Indian journal of veterinary science and animal husbandry - Volumes 24-25, 1954-1955
Year: 1954
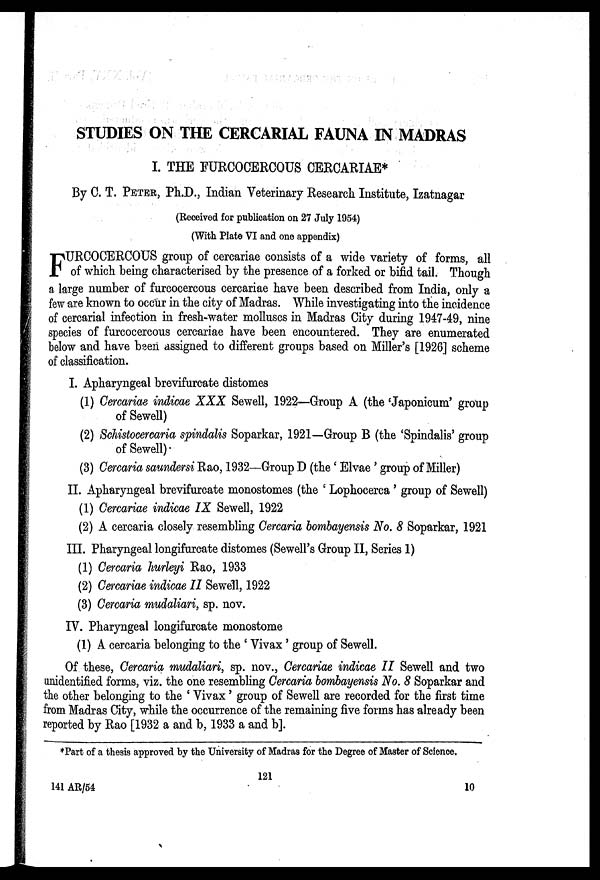
STUDIES ON THE CERCARIAL FAUNA IN MADRAS
I. THE FURCOCERCOUS CERCARIAE*
By C. T. PETER, Ph.D., Indian Veterinary Research Institute, Izatnagar
(Received for publication on 27 July 1954)
(With Plate VI and one appendix)
F URCOCERCOUS group of cercariae consists of a wide variety of forms, all
of which being characterised by the presence of a forked or bifid tail. Though
a large number of furcocercous cercariae have been described from India, only a
few are known to occur in the city of Madras. While investigating into the incidence
of cercarial infection in fresh-water molluscs in Madras City during 1947-49, nine
species of furcocercous cercariae have been encountered. They are enumerated
below and have been assigned to different groups based on Miller's [1926] scheme
of classification.
I. Apharyngeal brevifurcate distomes
(1) Cercariae indicae XXX Sewell, 1922—Group A (the 'Japonicum' group
of Sewell)
(2) Schistocercaria spindalis Soparkar, 1921—Group B (the 'Spindalis' group
of Sewell)
(3) Cerearia saundersi Rao, 1932—Group D (the ' Elvae' group of Miller)
II. Apharyngeal brevifurcate monostomes (the ' Lophocerca ' group of Sewell)
(1) Cercariae indicae IX Sewell, 1922
(2) A cercaria closely resembling Cercaria bombayensis No. 8 Soparkar, 1921
III. Pharyngeal longifurcate distomes (Sewell's Group II, Series 1)
(1) Cercaria hurleyi Rao, 1933
(2) Cercariae indicae II Sewell, 1922
(3) Cercaria mudaliari, sp. nov.
IV. Pharyngeal longifurcate monostome
(1) A cercaria belonging to the ' Vivax' group of Sewell.
Of these, Cercaria mudaliari, sp. nov., Cercariae indicae II Sewell and two
unidentified forms, viz. the one resembling Cercaria bombayensis No. 8 Soparkar and
the other belonging to the ' Vivax' group of Sewell are recorded for the first time
from Madras City, while the occurrence of the remaining five forms has already been
reported by Rao [1932 a and b, 1933 a and b].
*Part of a thesis approved by the University of Madras for the Degree of Master of Science.
121
141 AR/54
10